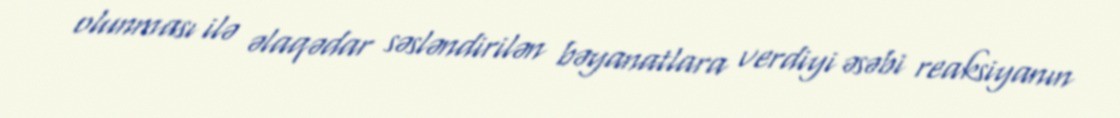
olunması ilə əlaqədar səsləndirilən bəyanatlara verdiyi əsəbi reaksiyanın